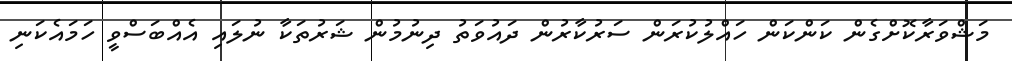
މަޝްވަރާކޮށްގެން ކަންކަން ހައްލުކުރަން ސަރުކާރުން ދައުވަތު ދިނުމުން ޝަރުތަކާ ނުލައި އެއްބަސްވީ ހަމައެކަނި